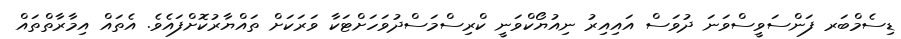
ޑިސެމްބަރ ފަންސަވީސްވަނަ ދުވަސް އައިއިރު ނިއުޔޯކްވަނީ ކްރިސްމަސްދުވަހަށްޓަކާ ވަރަކަށް ތައްޔާރުކޮށްފައެވެ. އެތައް އިމާރާތްތައް